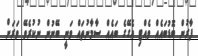
ފާރުން ބޮޑުބައެއް ވެއްޓި އެގޭގެ ބައެއް ސާމާނުތައް ވަނީ ބޭނުން ނުކުރެވޭ ވަރަށް